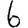
Digit: 6